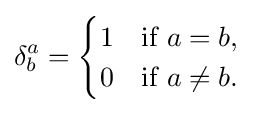
\delta _{b}^{a}={\begin{cases}1&{\mbox{if }}a=b,\\0&{\mbox{if }}a\neq b.\end{cases}}